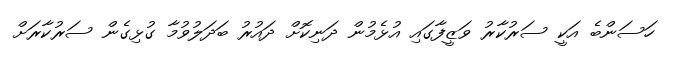
ހަސަންބެ އަކީ ސަރުކާރު ވަޒީފާގައި އުޅެމުން ދަނިކޮށް ދައުރު ބަދަލުވުމާ ގުޅިގެން ސަރުކާރަށް